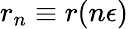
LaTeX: r_{n}\equiv r(n\epsilon)